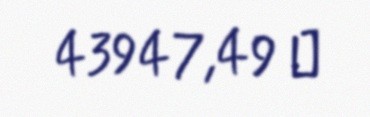
43947,49 ₼